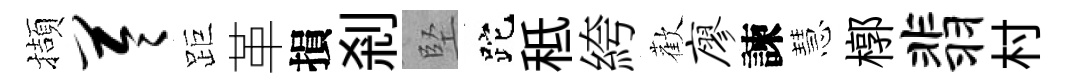
擷苓距革損剎堅跎秪絝歡廖諫慧槨翡村